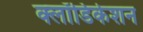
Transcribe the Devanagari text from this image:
क्लॉडिकेशन